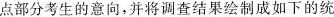
点部分考生的意向，并将调查结果绘制成如下的统